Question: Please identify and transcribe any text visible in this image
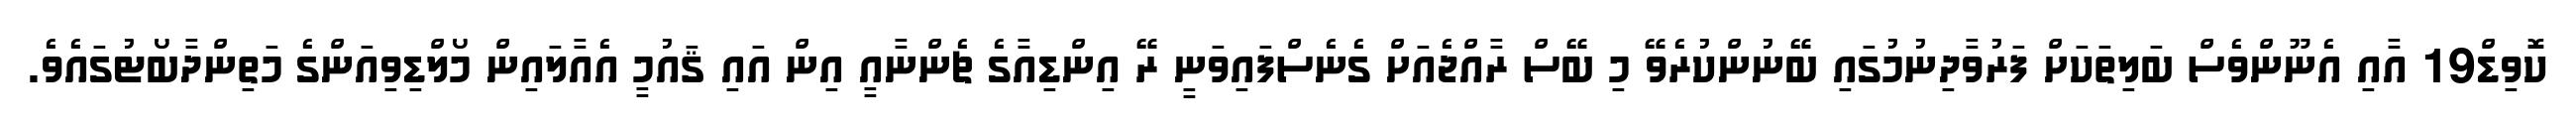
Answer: ކޮވިޑް19 އާއި އެނޫންވެސް ބަލިތަކަށް ފަރުވާދިނުމުގައި ބޭނުންކުރެވޭ މި ބޭސް ރާއްޖެއަށް ގެނެސްފައިވަނީ ރޭ އިންޑިއާގެ ޗެންނާއީ އިން އައި ޤައުމީ އެއާލައިން މޯލްޑިވިއަންގެ މަތިންދާބޯޓުގައެވެ.